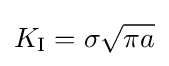
K_{\mathrm {I} }=\sigma {\sqrt {\pi a}}